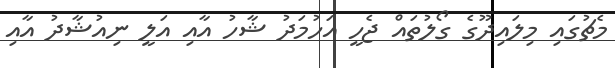
މެޗުގައި މިލައިދޫގެ ގޯލުތައް ޖެހީ އަހުމަދު ޝާހު އާއި އަލީ ނިއުޝާދު އާއި